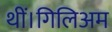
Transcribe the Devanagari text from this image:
थीं।गिलिअम